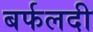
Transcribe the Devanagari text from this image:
बर्फलदी